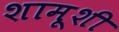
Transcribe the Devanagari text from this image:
शामूशी